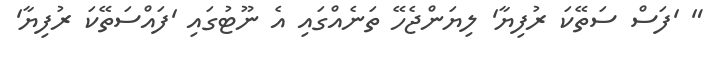
" 'ފަސް ސަތޭކަ ރުފިޔާ' ލިޔަންޖެހޭ ތަނެއްގައި އެ ނޫޓުގައި 'ފައްސަތޭކަ ރުފިޔާ'